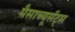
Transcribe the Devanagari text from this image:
मैसाच्यूसॅट्स